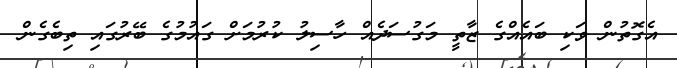
އެގޮތުން ވަކި ބައެއްގެ ޒާތީ މަގުސަދެއް ހާސިލު ކުރުމަށް ގައުމުގެ ބޭރުގައި ތިބެގެން